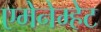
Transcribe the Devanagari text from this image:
एमेनेम्हेट